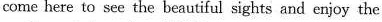
come here to see the beautiful sights and enjoy the